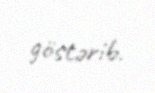
göstərib.